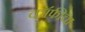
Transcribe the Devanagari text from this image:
कॉफीचा